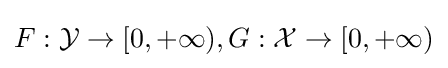
F:{\mathcal {Y}}\rightarrow [0,+\infty ),G:{\mathcal {X}}\rightarrow [0,+\infty )